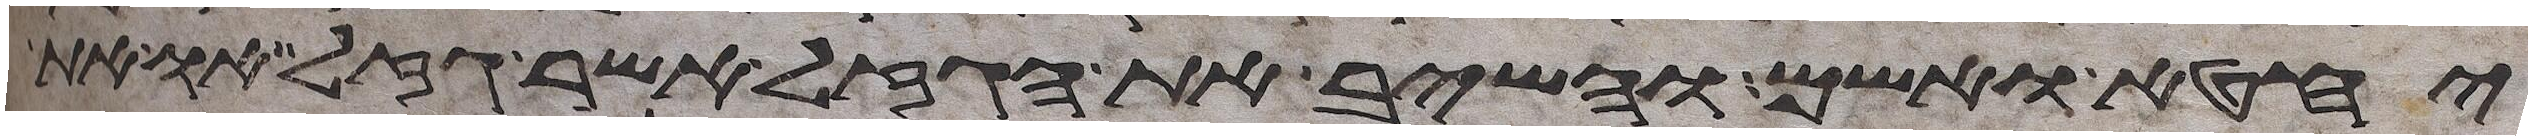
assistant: יחטא ואשם והשיב את הגזל אשר גזל או את